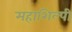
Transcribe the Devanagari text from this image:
महाशिल्पी